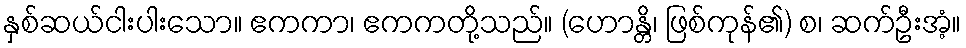
နှစ်ဆယ်ငါးပါးသော။ ဧကကာ၊ ဧကကတို့သည်။ (ဟောန္တိ၊ ဖြစ်ကုန်၏) စ၊ ဆက်ဦးအံ့။